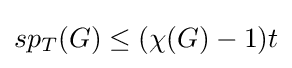
sp_{T}(G)\leq (\chi (G)-1)t